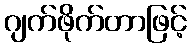
ဂျက်ဖိုက်တာဖြင့်